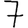
Digit: 7